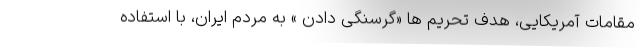
مقامات آمریکایی، هدف تحریم ها «گرسنگی دادن » به مردم ایران، با استفاده